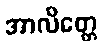
အာလိတ္တေ